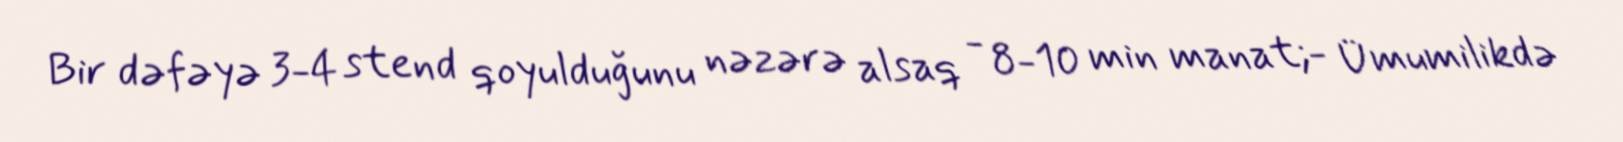
Bir dəfəyə 3-4 stend qoyulduğunu nəzərə alsaq - 8-10 min manat;- Ümumilikdə